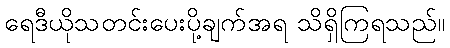
ရေဒီယိုသတင်းပေးပို့ချက်အရ သိရှိကြရသည်။